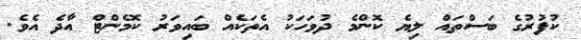
ކުފުރުގެ ބަސްތައް ލިޔެ ކޮންމެ ދުވަހަކު އެތަކެއް ބައިވަރު ކޮމެންޓް އާދެ އެވެ.